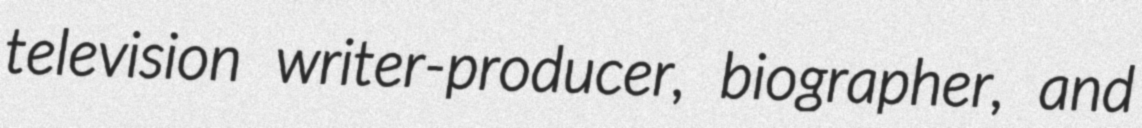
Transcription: television writer-producer, biographer, and